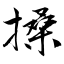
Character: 搡